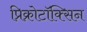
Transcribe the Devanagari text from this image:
प्रिक्रोटॉक्सिन